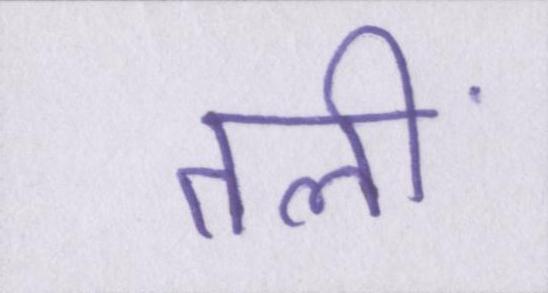
तलीं